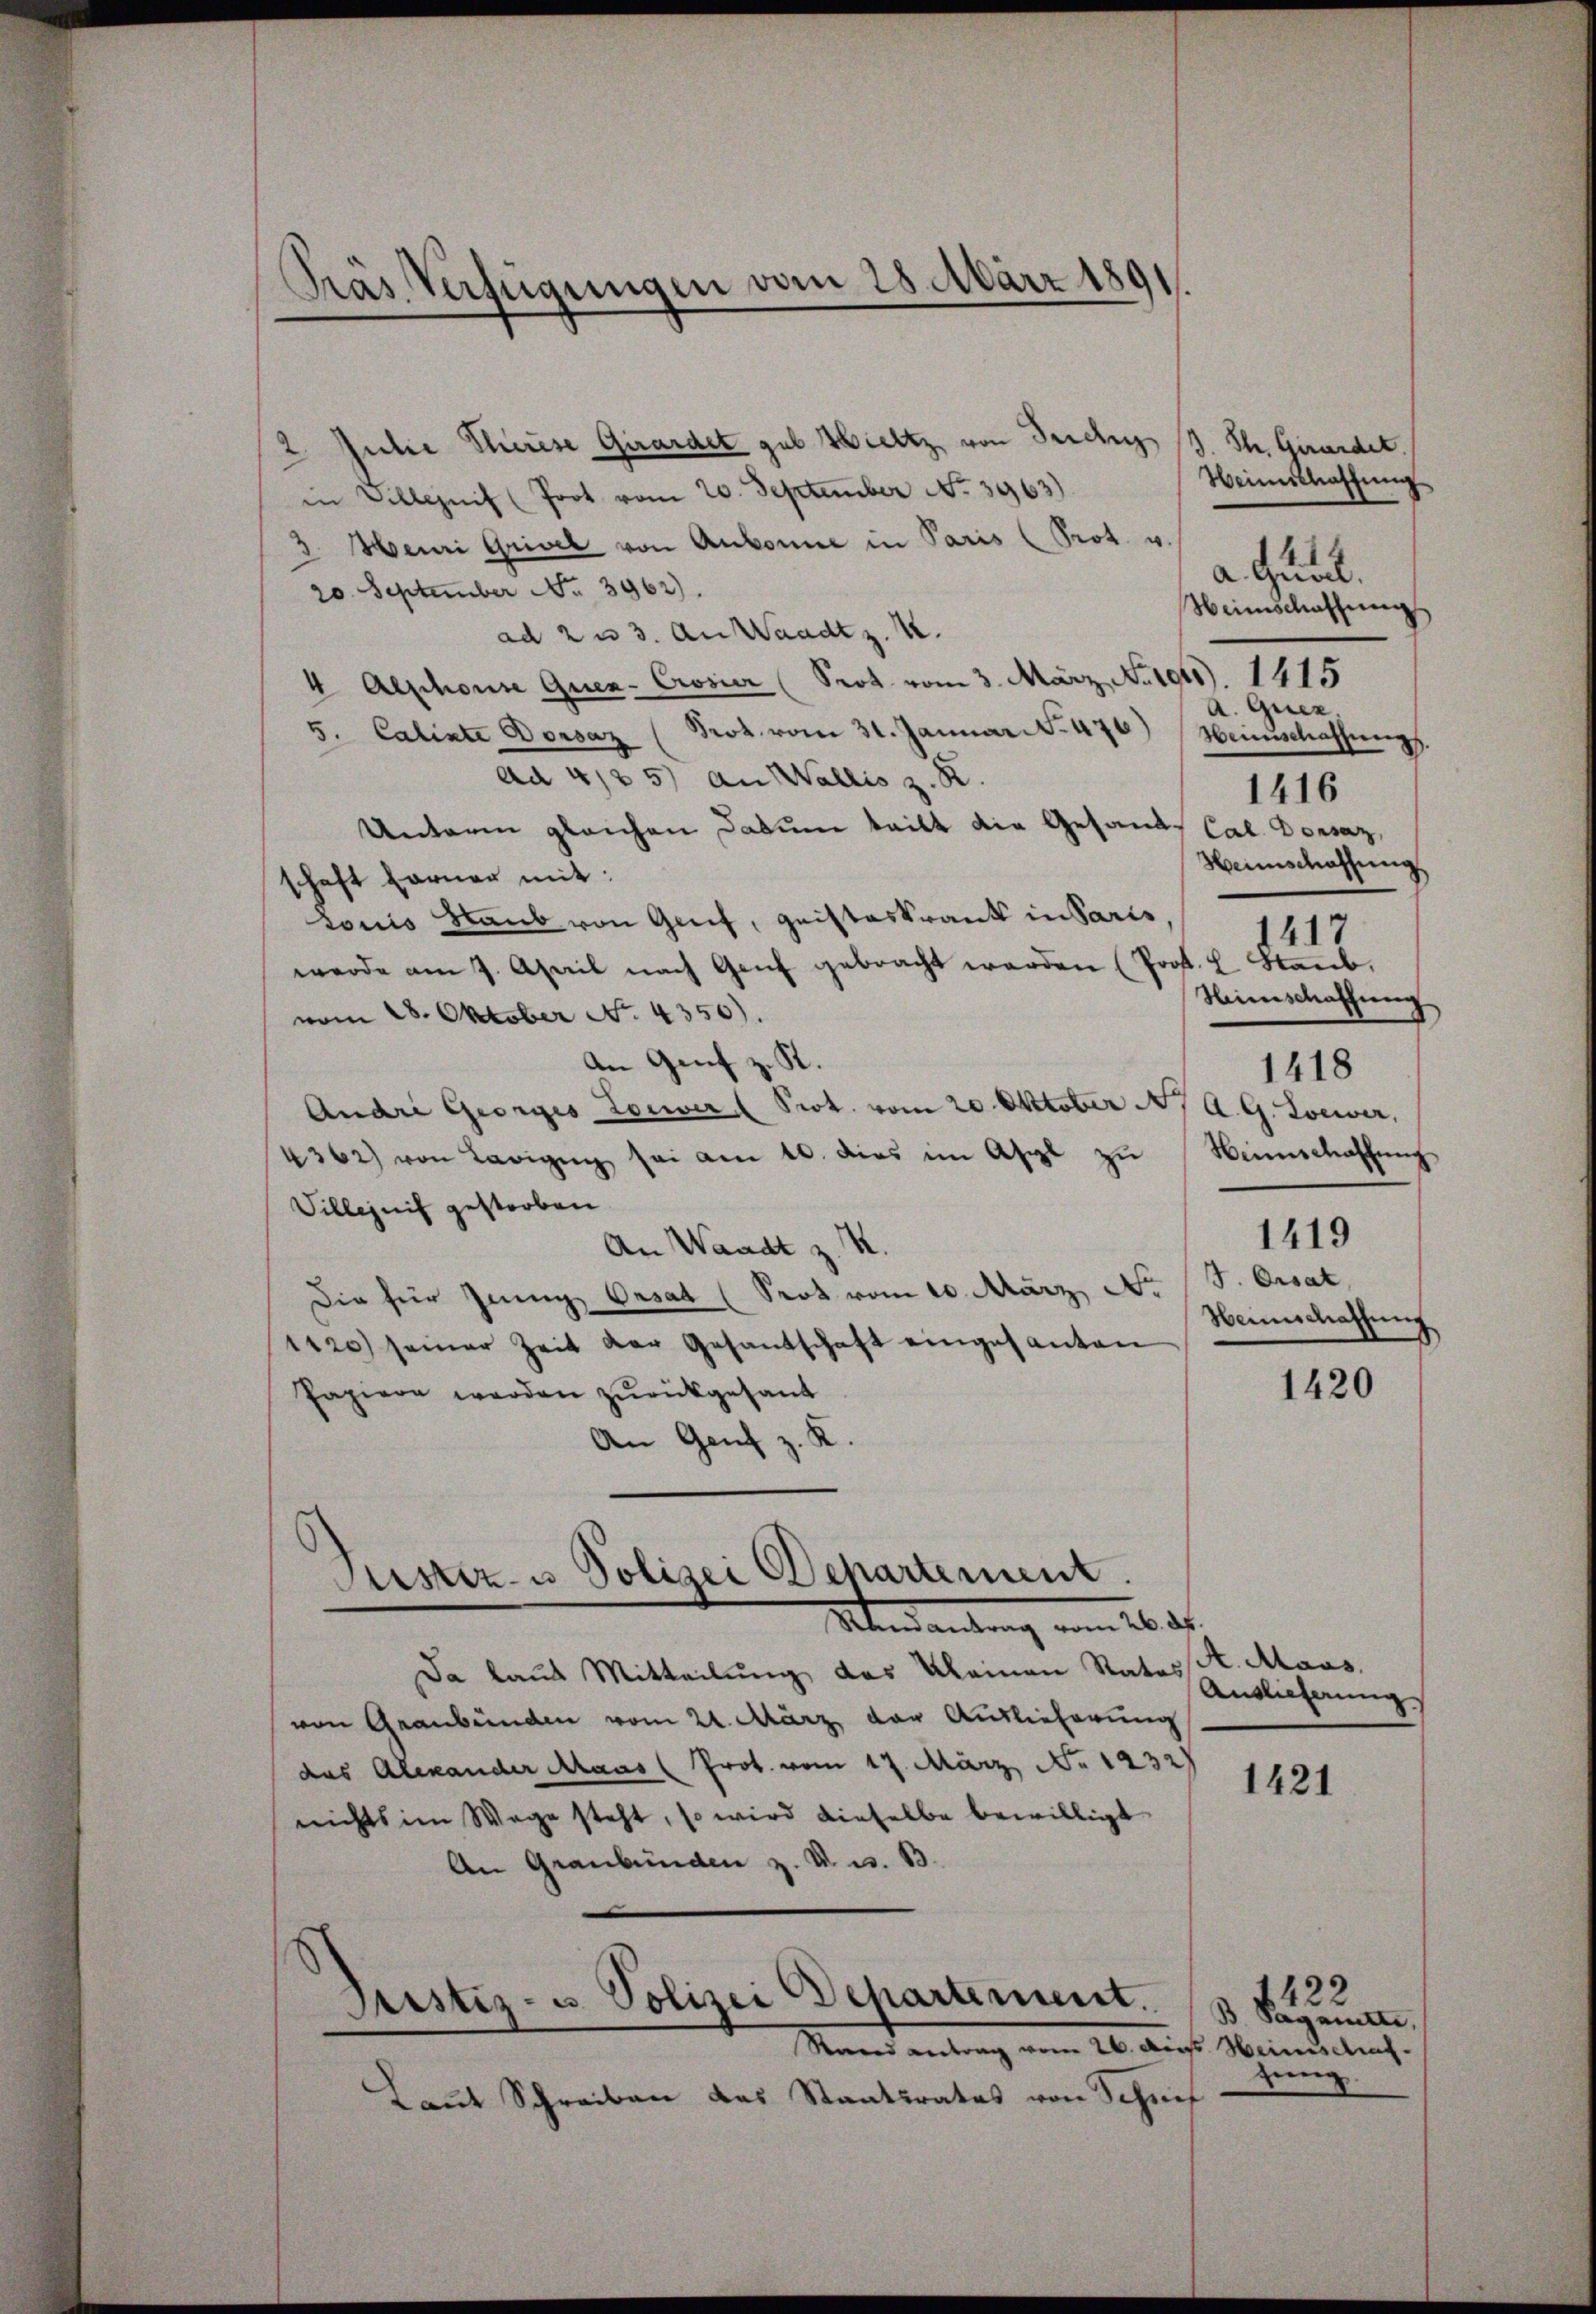
Präs. Verfügungen vom 28. März 1891

2. Julie Therese Girardet gut. Hieltz, von Teichs 13. St. Gardet.
in Villnif (Poot vom 20. September No. 3963)
3. Heuri Grivel von Aubonne in Paris (Prot. v.
20. September No. 3962).
ad 2 u 3. An Waadt z. B.
4 Alphonie Quer-Crosier (Prot vom 3. März No. 1941. 1415
5. Calinte Dorsaz (Prot. vom 31. Januar N. 476) Heinschaffŭngs.
ad 4125) an Wallis z. R.
Unterm gleichen Datum tritt die Gesandt Cal. Dorsaz,
schaft Farner mit:
Louis Staub von Greif, Quisteskrank in Paris,
werde am 7. April nach Genf gebracht werden (Prof. L. Staub,
vom 28. Oktober No. 4350).
An Genf z. R.
Andre Georges Loewer Prot. vom 20. Oktober A. A. G. Loewer,
4362) von Laigen sei am 10. dies im Asyl zu
Villezeit gestorben
An Waadt z. K.
Die für Jenny Oasat (Seot vom 10. März dr
1120) seiner Zeit der Gesandschaft eingesanten
Papiere werden zurückgesand
An Genf z. K.
Puster u. Polizei Departement.
Überdankung vom 26. ds.
Da laut Mitteilung des Kleinen Ratesst. Maus.
von Graubünden vom 21. März der Auslieferung
das Alexander Maas (Prot. vom 17. März No. 1232)
nichts im Wege steht, so wird dieselbe bewilligt
An Graubünden z. B. u. 13.
Justiz- u. Polizei Departement.
Stand antrag vom 26. Aug. Heimschaf
Laut Schreiben das Staatsrates von Schrief

Weinschaffung
a Qual.
Heimschaffung
A. Guez.
Heinschaffung
1417
Himschaffung
1418
Hennschaffung
1419
J. Orsat
Henschatzung

1416

1421

1420

Auslieferung

3. Tagenen.
tung